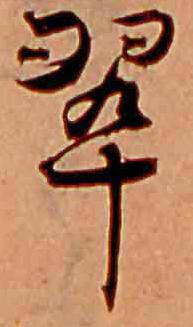
翠